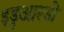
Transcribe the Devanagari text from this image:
इडुआरडो